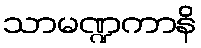
သာမဏ္ဍကာနိ